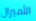
الأميرال